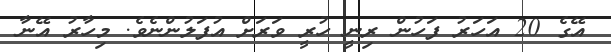
އޭގެ 20 އަހަރު ފަހުން ރިނީ ހުރީ ވަރަށް އުފަލުންނެވެ. މިހާރު އޭނާ